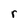
Character: r